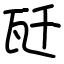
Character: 瓩